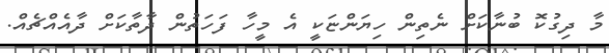
މާ ދިގުކޮ ބުނާކަށް ނެތިން ހިޔަންޏަކީ އެ މީހާ ފަހަތުން ދާތާކަށް ދާއެއްޗެއް.